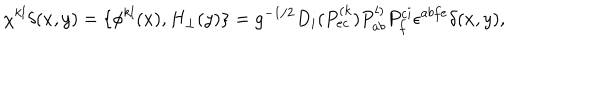
\chi ^ { k l } \delta ( x , y ) = \{ \phi ^ { k l } ( x ) , H _ { \perp } ( y ) \} = g ^ { - 1 / 2 } D _ { i } ( P _ { e c } ^ { ( k } ) P _ { a b } ^ { l ) } P _ { f } ^ { c i } \epsilon ^ { a b f e } \delta ( x , y ) ,